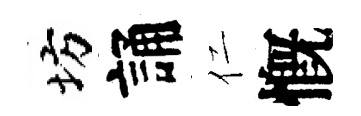
坊誦仁慨